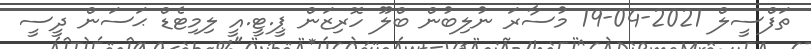
ތަފްސީލް 2021-04-19 މުސާރަ ނުލިބުން ބްލޫ ހޮރިޒަން ޕީ.ޓީ.އީ ލިމިޓެޑް ޙަސަން ދީސީ